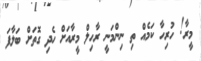
މީރާ! ހުރިހާ ކަމެއް ތި ނިންމަނީ ރާހިލް މީރާއަށް ހެދި ގޮތަށް ބަލާފަ